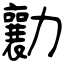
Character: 勷